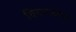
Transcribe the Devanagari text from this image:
विवादकारी